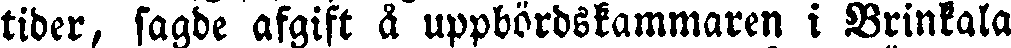
tider, sagde afgift å uppbördskammaren i Brinkala